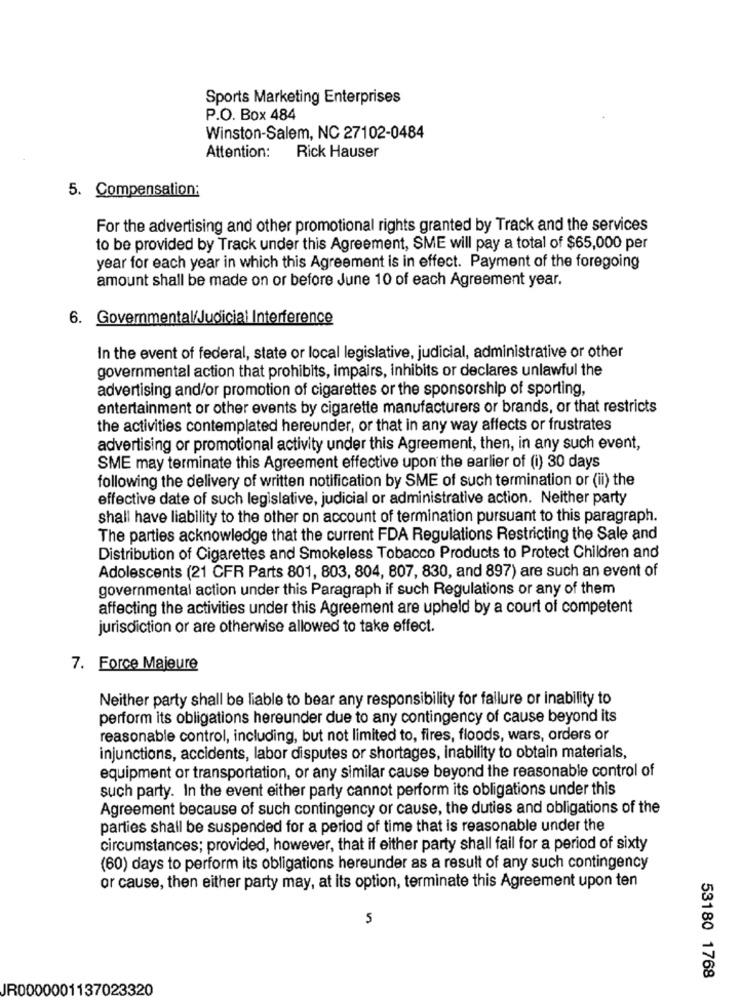
Sports Marketing Enterprises
P.O. Box 484
Winston-Salem, NC 27102-0484
Attention: Rick Hauser
5. Compensation:
For the advertising and other promotional rights granted by Track and the services
to be provided by Track under this Agreement, SME will pay a total of $65,000 per
year for each year in which this Agreement is in effect. Payment of the foregoing
amount shall be made on or before June 10 of each Agreement year.
6. Governmental/Judicial Interference
In the event of federal, state or local legislative, judicial, administrative or other
governmental action that prohibits, impairs, inhibits or declares unlawful the
advertising and/or promotion of cigarettes or the sponsorship of sporting,
entertainment or other events by cigarette manufacturers or brands, or that restricts
the activities contemplated hereunder, or that in any way affects or frustrates
advertising or promotional activity under this Agreement, then, in any such event,
SME may terminate this Agreement effective upon the earlier of (i) 30 days
following the delivery of written notification by SME of such termination or (ii) the
effective date of such legislative, judicial or administrative action. Neither party
shall have liability to the other on account of termination pursuant to this paragraph.
The parties acknowledge that the current FDA Regulations Restricting the Sale and
Distribution of Cigarettes and Smokeless Tobacco Products to Protect Children and
Adolescents (21 CFR Parts 801, 803, 804, 807, 830, and 897) are such an event of
governmental action under this Paragraph if such Regulations or any of them
affecting the activities under this Agreement are upheld by a court of competent
jurisdiction or are otherwise allowed to take effect.
7. Force Majeure
Neither party shall be liable to bear any responsibility for failure or inability to
perform its obligations hereunder due to any contingency of cause beyond its
reasonable control, including, but not limited to, fires, floods, wars, orders or
injunctions, accidents, labor disputes or shortages, inability to obtain materials,
equipment or transportation, or any similar cause beyond the reasonable control of
such party. In the event either party cannot perform its obligations under this
Agreement because of such contingency or cause, the duties and obligations of the
parties shall be suspended for a period of time that is reasonable under the
circumstances; provided, however, that if either party shall fail for a period of sixty
(60) days to perform its obligations hereunder as a result of any such contingency
or cause, then either party may, at its option, terminate this Agreement upon ten
5
53180 1768
JR0000001137023320